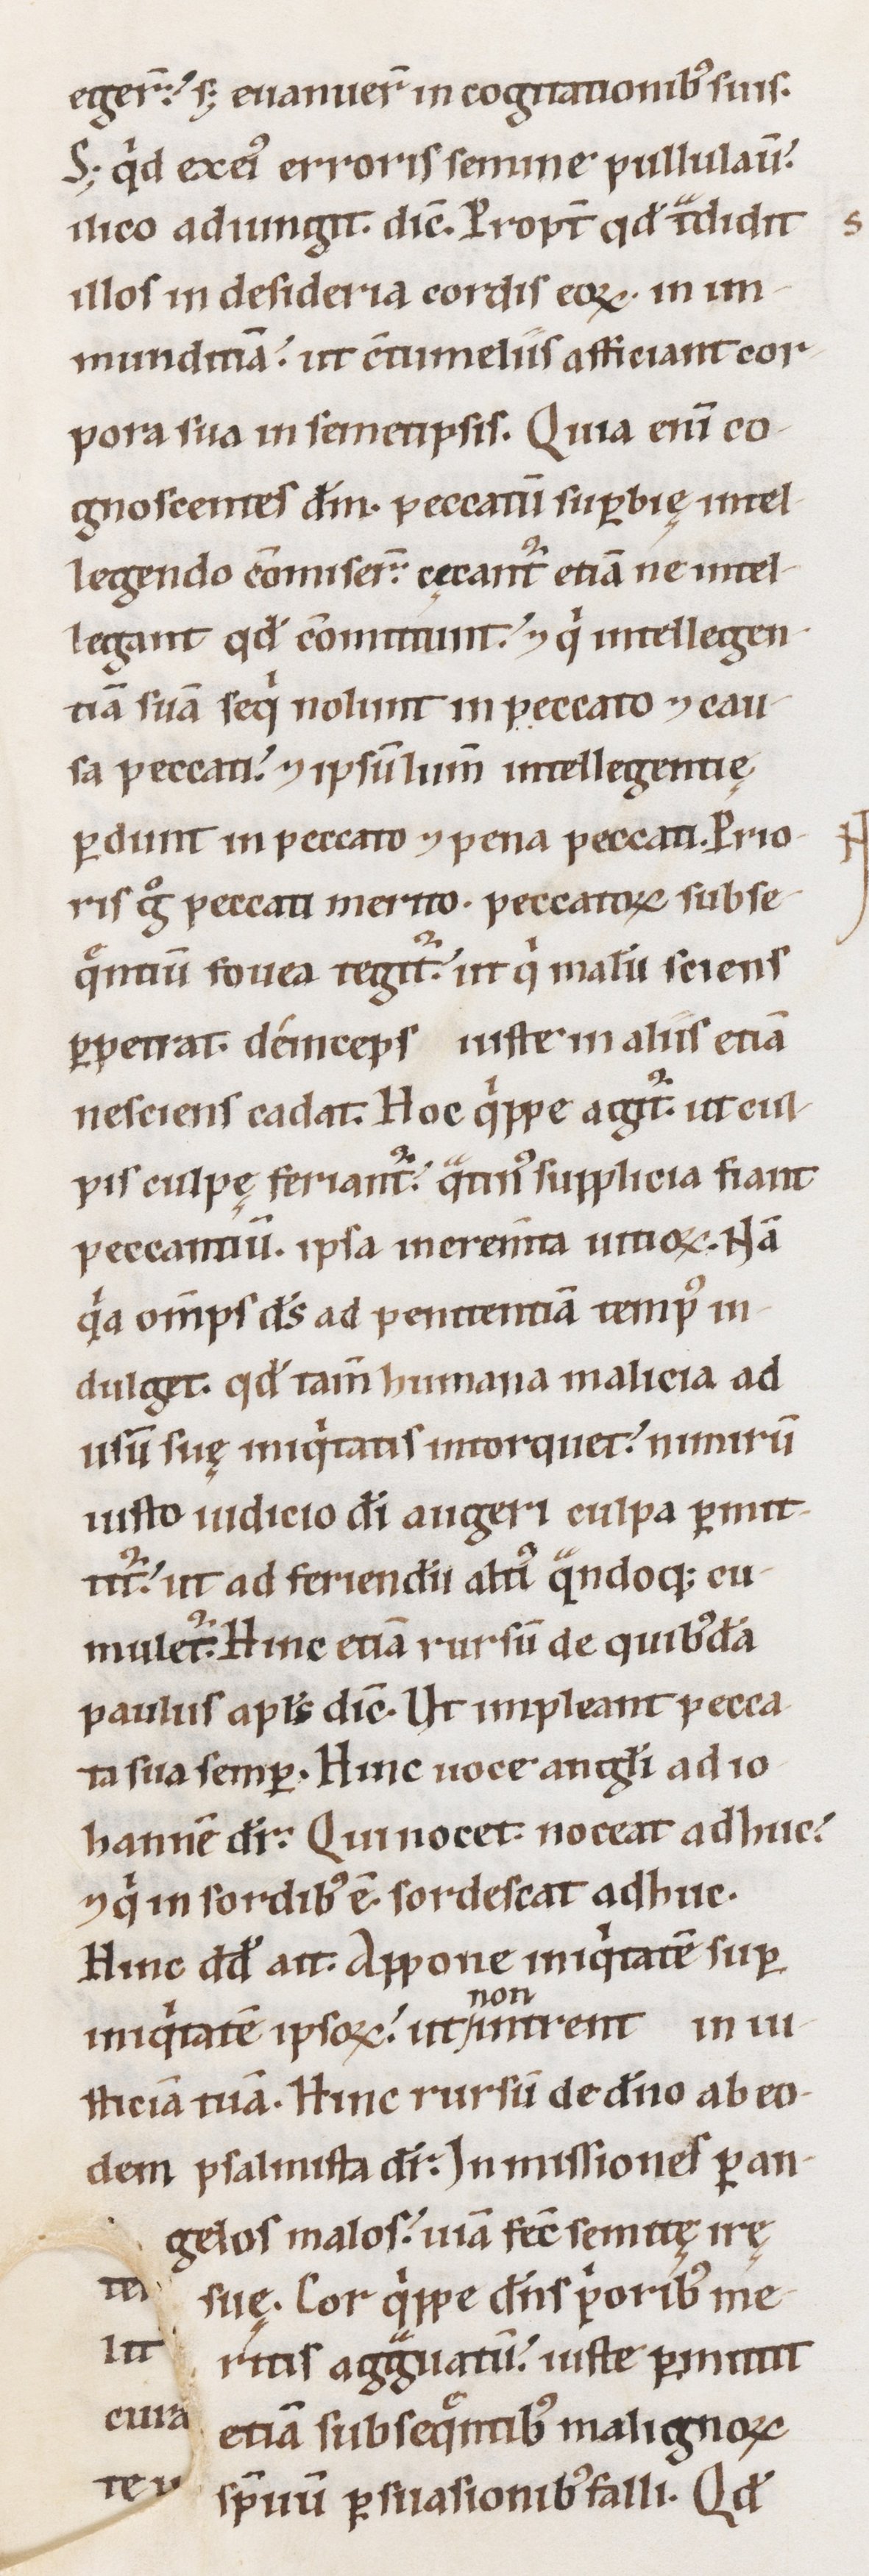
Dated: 1100–1199